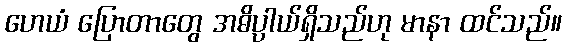
ဟေယံ ပြောတာတွေ အဓိပ္ပာယ်ရှိသည်ဟု မာနာ ထင်သည်။